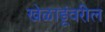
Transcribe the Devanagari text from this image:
खेळाडूंवरील